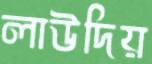
লাউদিয়